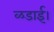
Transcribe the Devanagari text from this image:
ळडाई।